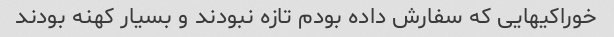
خوراکیهایی که سفارش داده بودم تازه نبودند و بسیار کهنه بودند